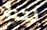
نتنة